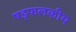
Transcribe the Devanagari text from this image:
षड्फलकीय